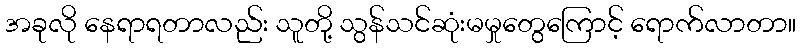
အခုလို နေရာရတာလည်း သူတို့ သွန်သင်ဆုံးမမှုတွေကြောင့် ရောက်လာတာ။